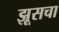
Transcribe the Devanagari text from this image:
झूसचा